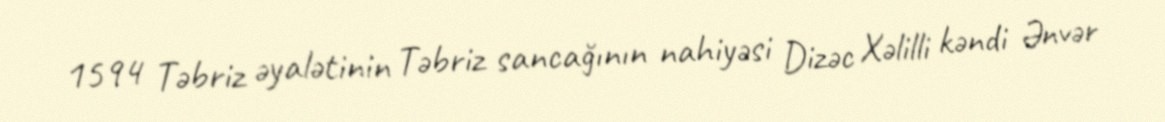
1594 Təbriz əyalətinin Təbriz sancağının nahiyəsi Dizəc Xəlilli kəndi Ənvər